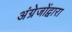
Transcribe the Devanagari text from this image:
अंग्रेजोंद्वारा